Jaan_Tonisson_(Lasteleht), lk 24
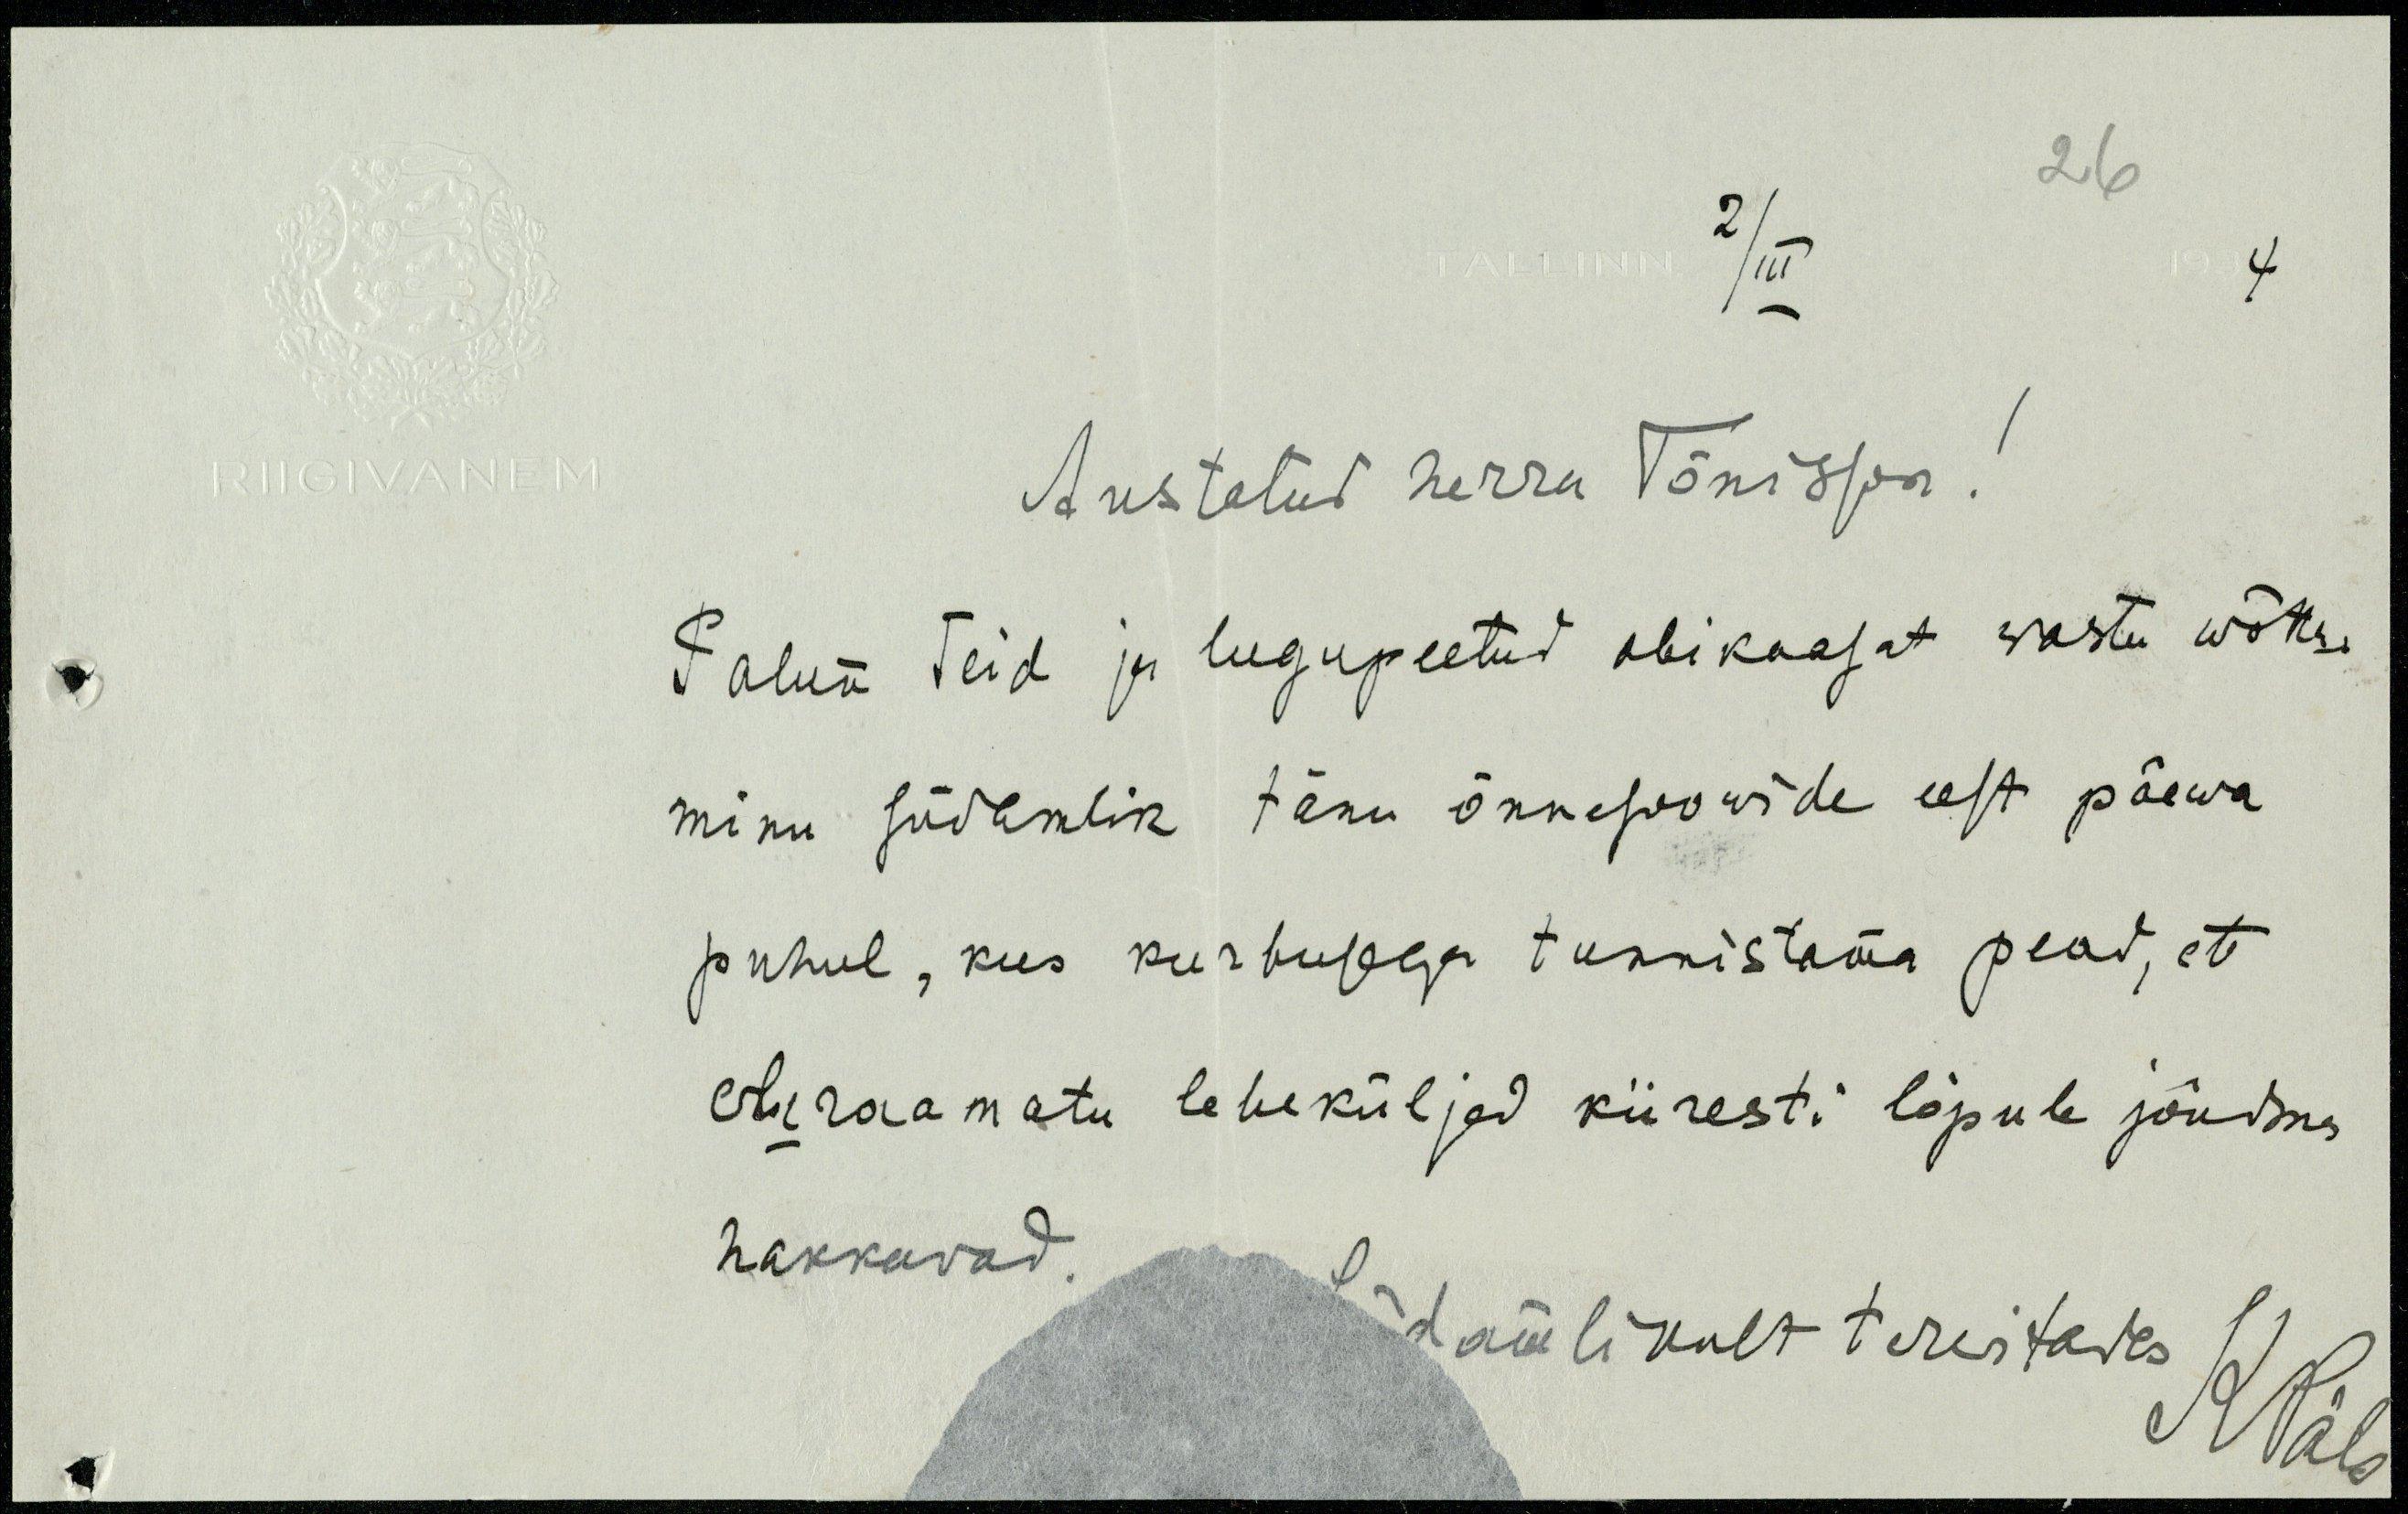
26
2/III
4.
Austatud herra Tõnisson!
Palun Teid ja lugupeetud abikaasat wastu wõtta.
minu südamlik tänu õnnesoowide eest päewa
puhul, kus kurbusega tunnistama pead, et
eluraamatu leheküljed kiiresti lõpule jõudma
hakkavad.
Südamlikult tervitades
K. Päts